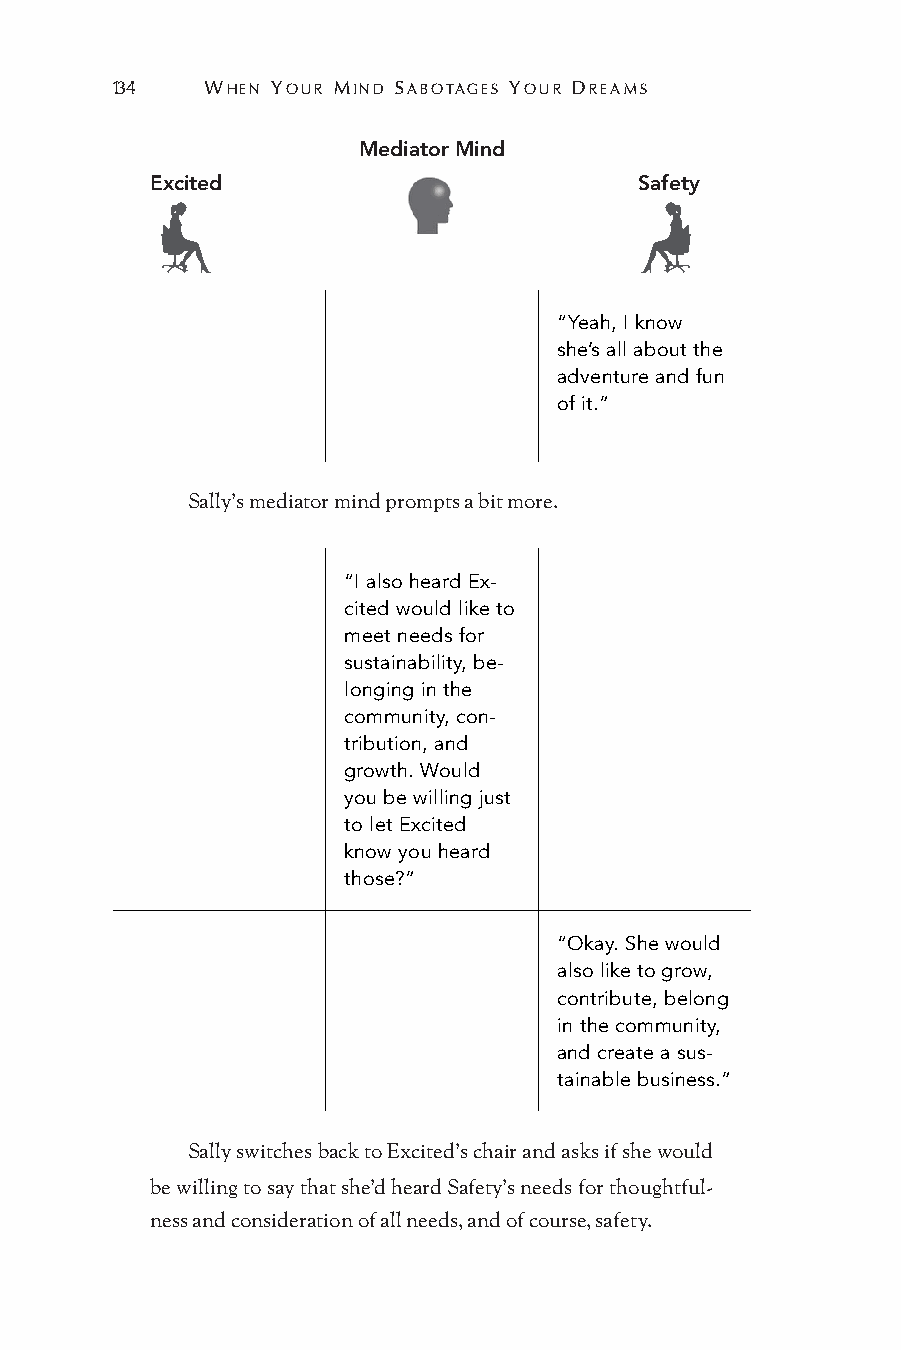
134   WHEN YOUR MIND SABOTAGES YOUR DREAMS
 Mediator Mind
 Excited                         Safety
 “Yeah, I know
 she’s all about the
 adventure and fun
 of it.”
 Sally’s mediator mind prompts a bit more.
 “I also heard Ex-
 cited would like to
 meet needs for
 sustainability, be-
 longing in the
 community, con-
 tribution, and
 growth. Would
 you be willing just
 to let Excited
 know you heard
 those?”
 “Okay. She would
 also like to grow,
 contribute, belong
 in the community,
 and create a sus-
 tainable business.”
 Sally switches back to Excited’s chair and asks if she would
 be willing to say that she’d heard Safety’s needs for thoughtful-
 ness and consideration of all needs, and of course, safety.